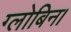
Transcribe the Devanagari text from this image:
ग्लोबिन।